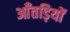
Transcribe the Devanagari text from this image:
आँतड़ियों